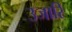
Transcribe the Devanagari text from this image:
उजारि